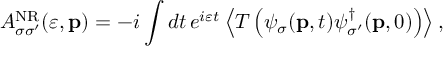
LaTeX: { \cal A } _ { \sigma \sigma ^ { \prime } } ^ { \mathrm { N R } } ( \varepsilon , { \bf p } ) = - i \int d t \, e ^ { i \varepsilon t } \left\langle T \left( \psi _ { \sigma } ( { \bf p } , t ) \psi _ { \sigma ^ { \prime } } ^ { \dagger } ( { \bf p } , 0 ) \right) \right\rangle ,